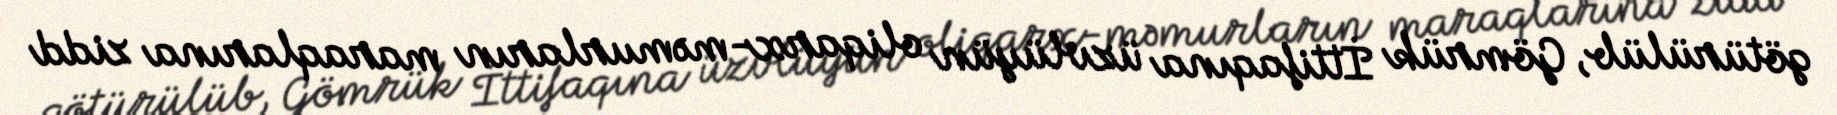
götürülüb, Gömrük İttifaqına üzvlüyün oliqarx-məmurların maraqlarına zidd